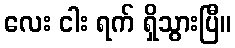
လေး ငါး ရက် ရှိသွားပြီ။